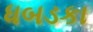
ધબડકા